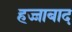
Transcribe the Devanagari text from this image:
हज्जाबाद